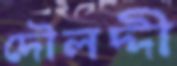
দৌলদ্দী